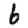
Digit: 6